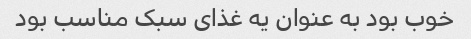
خوب بود به عنوان یه غذای سبک مناسب بود